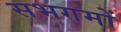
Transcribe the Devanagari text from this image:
सभगमों